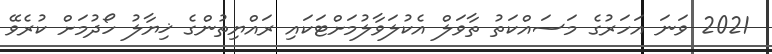
2021 ވަނަ އަހަރުގެ މަސައްކަތު ތާވަލް އެކުލަވާލުމަށްޓަކައި ރައްޔިތުންގެ ޚިޔާލު ހޯދުމަށް ކުރެވޭ